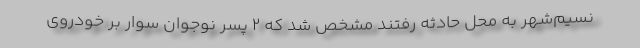
نسیم‌شهر به محل حادثه رفتند مشخص شد که ۲ پسر نوجوان سوار بر خودروی